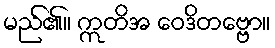
မည်၏။ ဣတိအ ဝေဒိတဗ္ဗော။